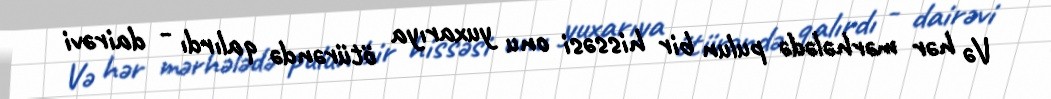
Və hər mərhələdə pulun bir hissəsi onu yuxarıya ötürəndə qalırdı - dairəvi